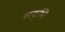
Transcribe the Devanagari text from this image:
सद्भिः